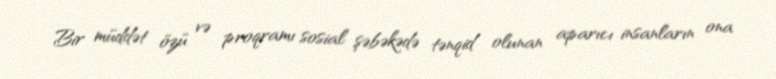
Bir müddət özü və proqramı sosial şəbəkədə tənqid olunan aparıcı insanların ona